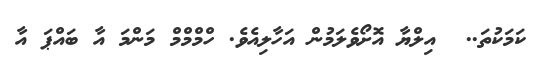
ކަމަކުތަ..  އިލްޔާ އޮށޯވެލަމުން އަހާލިއެވެ. ހްމްމްމް މަންމަ އާ ބައްޕަ އާ